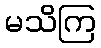
မသိကြ